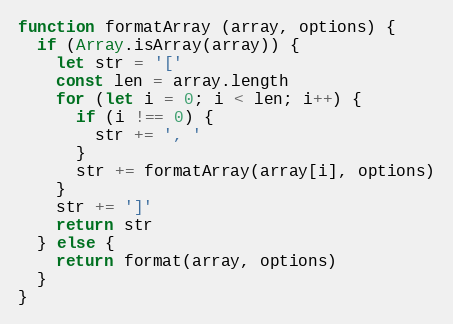
Language: JavaScript
function formatArray (array, options) {
  if (Array.isArray(array)) {
    let str = '['
    const len = array.length
    for (let i = 0; i < len; i++) {
      if (i !== 0) {
        str += ', '
      }
      str += formatArray(array[i], options)
    }
    str += ']'
    return str
  } else {
    return format(array, options)
  }
}